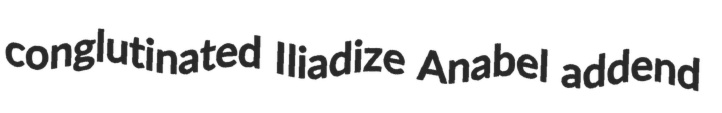
conglutinated Iliadize Anabel addend